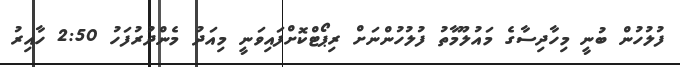
ފުލުހުން ބުނީ މިހާދިސާގެ މައުލޫމާތު ފުލުހުންނަށް ރިޕޯޓްކޮށްފައިވަނީ މިއަދު މެންދުރުފަހު 2:50 ހާއިރު